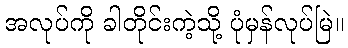
အလုပ်ကို ခါတိုင်းကဲ့သို့ ပုံမှန်လုပ်မြဲ။